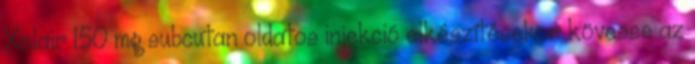
Xolair 150 mg subcutan oldatos injekció elkészítésekor kövesse az